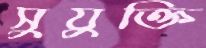
সুযুক্তি